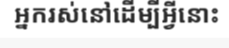
អ្នករស់នៅដើម្បីអ្វីនោះ